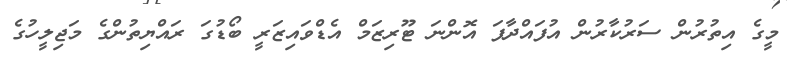
މީގެ އިތުރުން ސަރުކާރުން އުފައްދާފަ އޮންނަ ޓޫރިޒަމް އެޑްވައިޒަރީ ބޯޑުގަ ރައްޔިތުންގެ މަޖިލީހުގެ